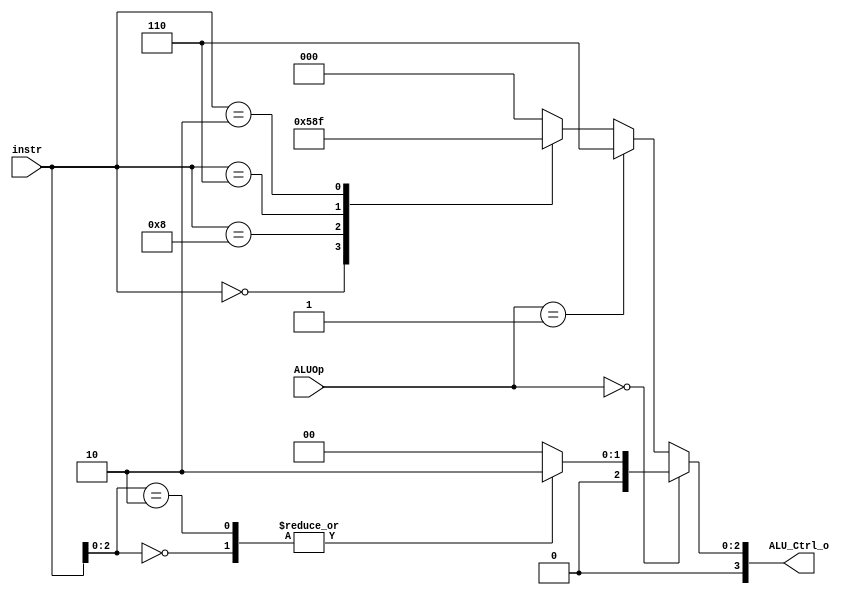
/***************************************************
Student Name:_
Student ID: group10_0711099_0810749
***************************************************/

    `timescale 1ns/1ps
    /*instr[30,14:12]*/
    module ALU_Ctrl(
        input       [4-1:0] instr,
        input       [2-1:0] ALUOp,
        output      [4-1:0] ALU_Ctrl_o
    );
    reg [4-1:0] Ctrl;
    wire [2:0] func3;
    assign func3 = instr[2:0];
    wire [5:0] ctrl;
	assign ctrl = {ALUOp, instr};
    always @(*) begin
        if(ctrl[5:4]==2'b00)begin
            case(ctrl[2:0])
                3'b000: begin //addi
                    Ctrl=4'b0010;
                end
                3'b010: begin //lw sw
                    Ctrl=4'b0010;
                end
                default: begin //default
                    Ctrl=4'b0000;
                end
            endcase
        end
        else if(ctrl[5:4]==2'b01)begin //beq
                    Ctrl=4'b0110;
        end
        else begin
            case(ctrl[3:0])
                4'b0000:begin //add
                    Ctrl=4'b0010;
                end
                4'b1000:begin //sub
                    Ctrl=4'b0110;
                end
                4'b0111:begin //and
                    Ctrl=4'b0000;
                end
                4'b0110:begin //or
                    Ctrl=4'b0001;
                end
                4'b0010:begin //slt
                    Ctrl=4'b0111;
                end
                default: begin //default
                    Ctrl=4'b0000;
                end
            endcase
        end
    end
    assign ALU_Ctrl_o = Ctrl;
    endmodule